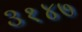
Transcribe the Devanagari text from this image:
३१४७